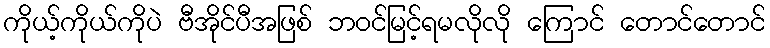
ကိုယ့်ကိုယ်ကိုပဲ ဗီအိုင်ပီအဖြစ် ဘဝင်မြင့်ရမလိုလို ကြောင် တောင်တောင်